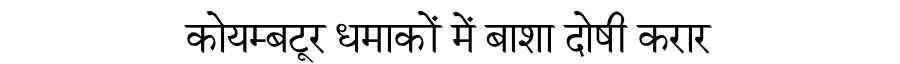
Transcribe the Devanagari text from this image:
कोयम्बटूर धमाकों में बाशा दोषी करार